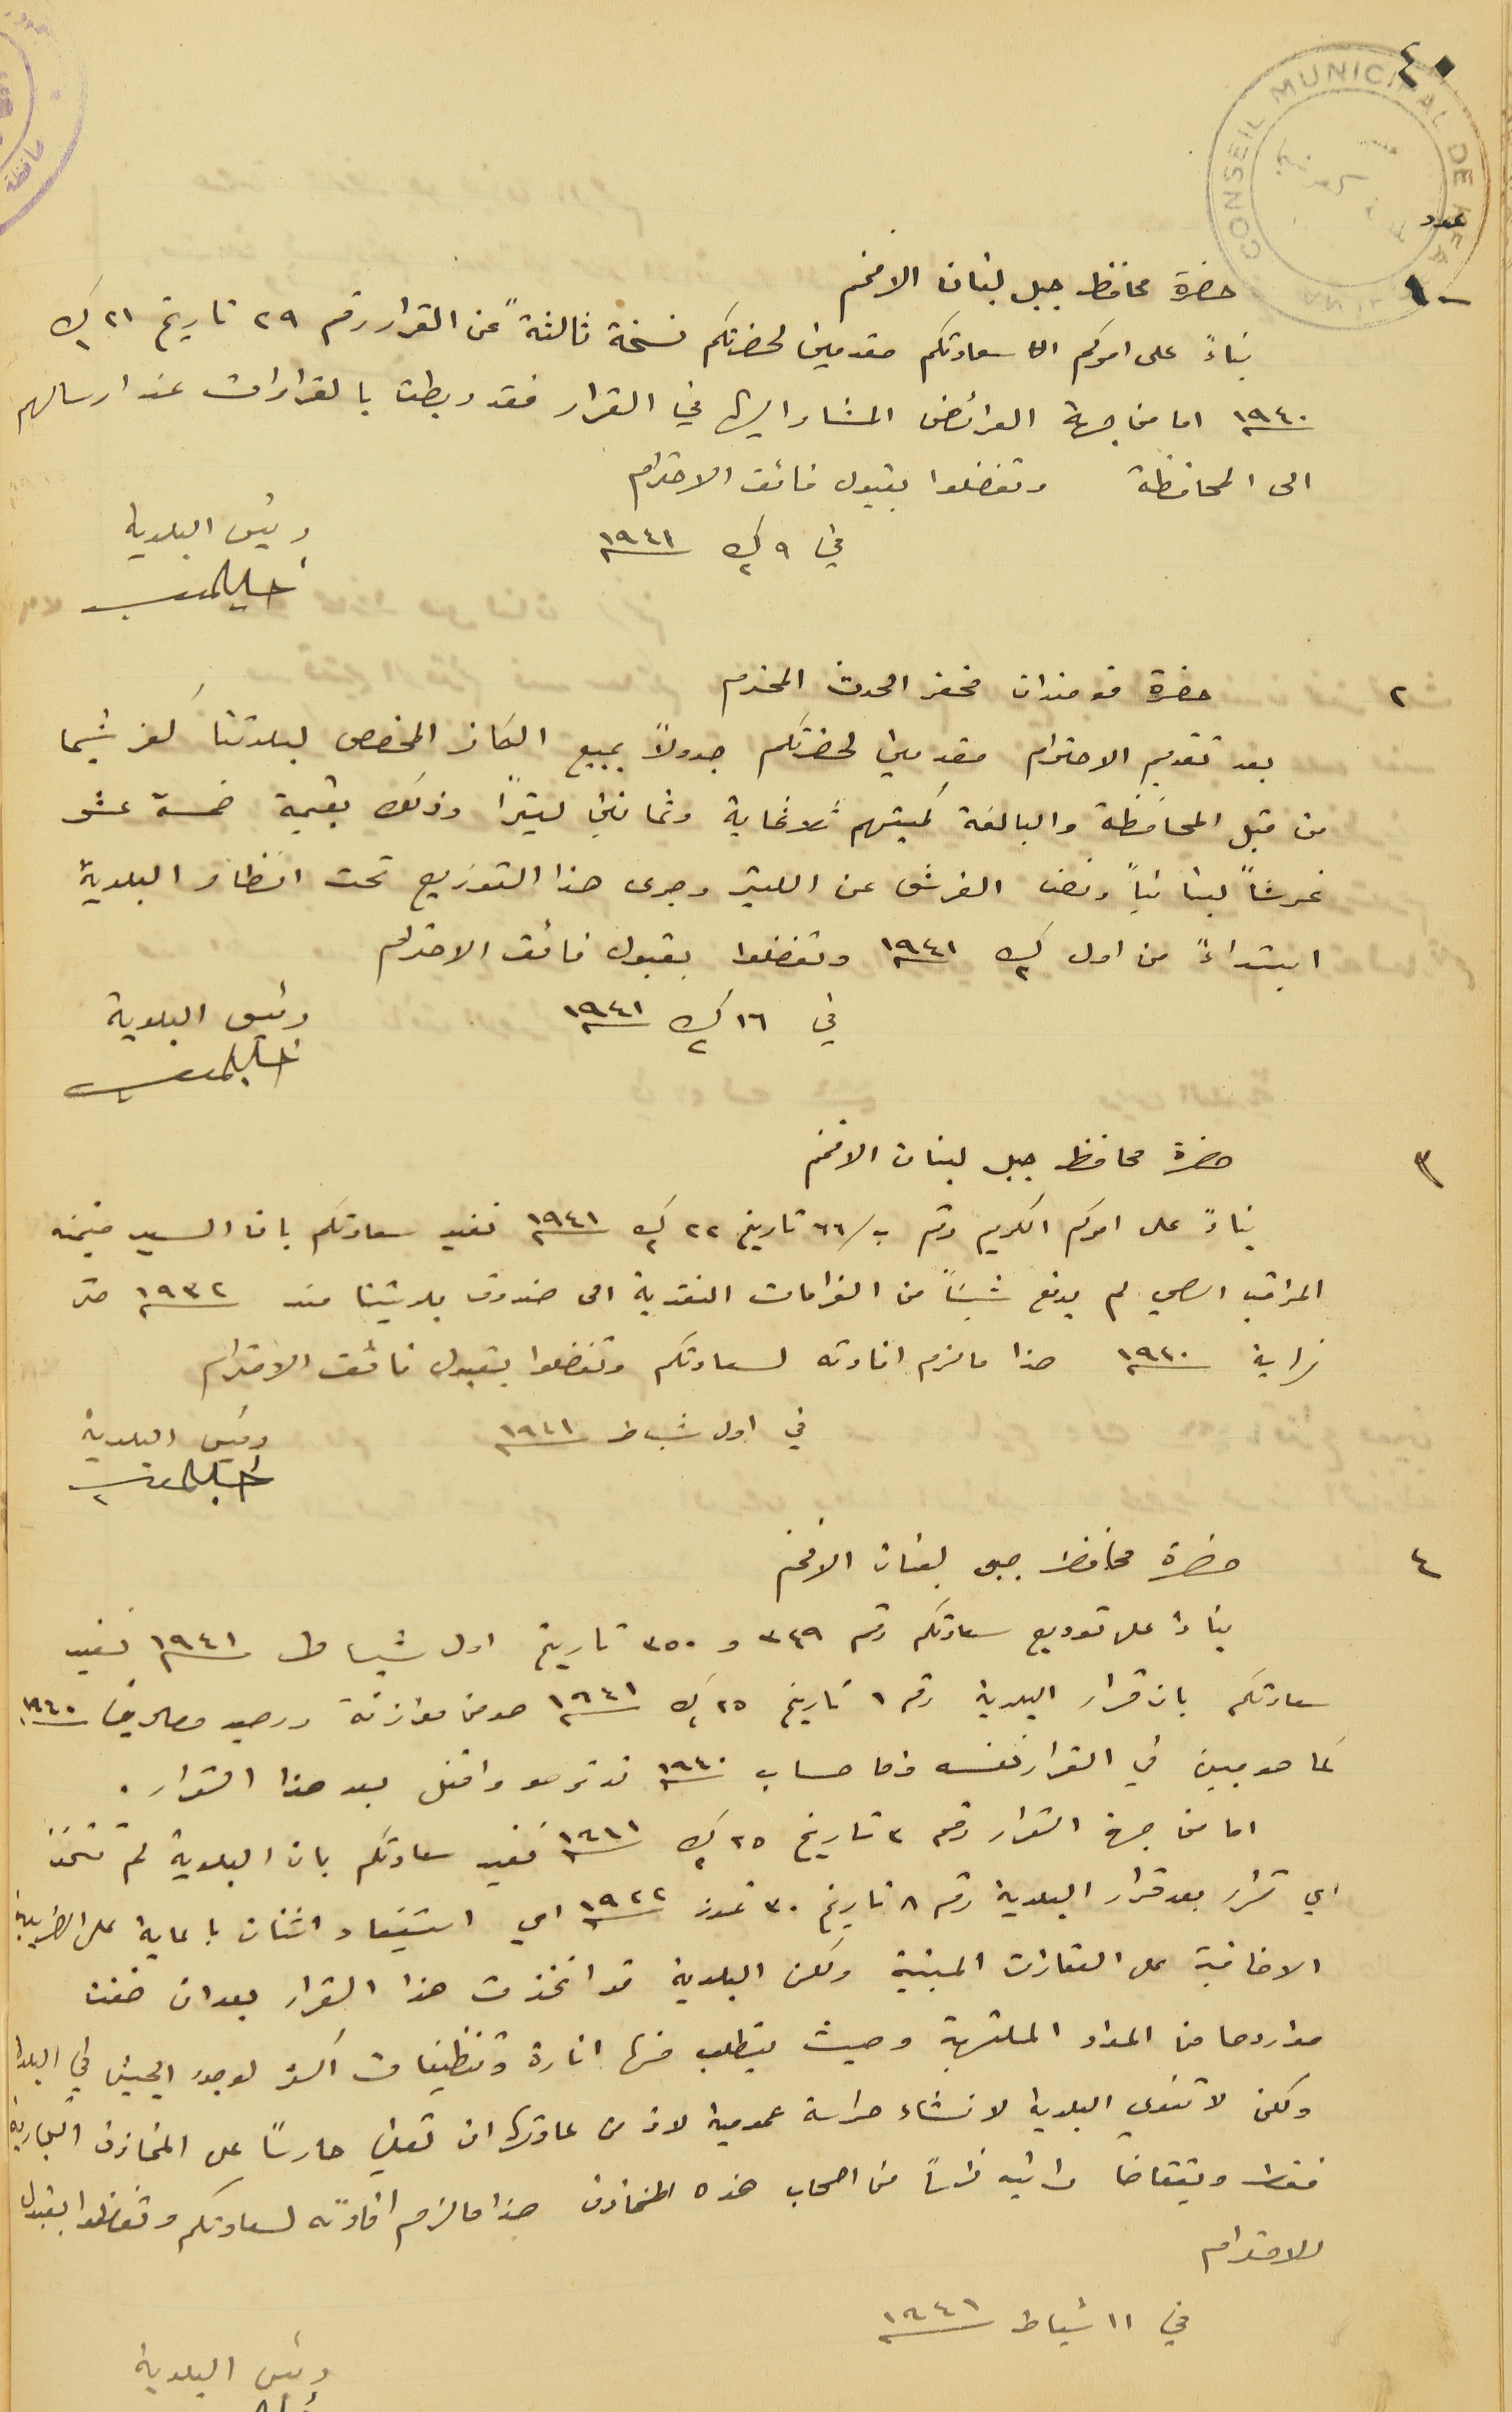
حضرة محافظ جبل لبنان الافخم
بناءً على امركم سعادتكم مقدمين لحضرتكم نسخة ثالثةً عن القرار رقم ٢٩ تاريخ ٢١ ك١
١٩٤٠ اما من جهة العرائض المشار اليها في القرار فقد ربطت بالقرارات عند ارسالهم
الى المحافظة وتفضلوا بقبول فائق الاحترام
في ٩ ك٢ سنه ١٩٤١
حضرة قومندان مخفر الحدث المحترم
بعد تقديم الاحترام مقدمين لحضرتكم جدولاً بمبيع الكاز المخصص لبلدتنا كفرشيما
من قبل المحافظة والبالغة كميتهم ثلاثماية وثمانين ليتراً وذلك بقيمة خمسة عشر
غرشاً لبنانياً ونصف الغرش عن الليتر وجرى هذا التوزيع تحت انظار البلدية
ابتداءً من اول ك٢ سنه ١٩٤١ وتفضلوا بقبول فائق الاحترام
حضرة محافظ جبل لبنان الافخم
بناءً على امركم الكريم رقم ب/٦٦ تاريخ ٢٢ ك٢ سنه ١٩٤١ نفيد سعادتكم بان السيد منيمنه
المراقب الصحي لم يدفع شيئاً من الغرامات النقدية الى صندوق بلديتنا مند سنه ١٩٣٢ حتى
نهاية سنه ١٩٤٠ هذا ما لزم افادته لسعادتكم وتفضلوا بقبول فائق الاحترام
حضرة محافظ جبل لبنان الافخم
بناءً على توريع سعادتكم رقم ٣٤٩ و ٣٥٠ تاريخ اول شباط سنه ١٩٤١ نفيد
سعادتكم بان قرار البلدية رقم ١ تاريخ ٢٥ ك٢ سنة ١٩٤١ هو من موازنة ورصيد مصاريف سنه ١٩٤٠
كما هو مبين في القرار نفسه واما حساب سنه ١٩٤٠ قد ترصد واقفل بعد هذا القرار.
اما من جهة القرار رقم ٣ تاريخ ٢٥ ك٢ سنة ١٩٤١ نفيد سعادتكم بان البلدية لم تتخذ
اي قرار بعد قرار البلدية رقم ٨ تاريخ ٣٠ تموز سنه ١٩٤٢ اي استيفاء اثنان بالماية على الضريبة
الاضافية على العقارات المبنية ولكن البلدية قد اتخذت هذا القرار بعد ان خفت
مواردها من المواد الملتهبة وحيث يتطلب منها انارة وتنظيفات اكثر لوجود الجيش في البلدة
ولكن لا تنوي البلدية لانشاء حراسة عمومية لان من عادتها ان تعين حارساً على المخازن التجارية
فقط ويتقاضا راتبه راساً من اصحاب هذه المخازن هذا ما لزم افادته لسعادتكم وتفضلوا بقبول
رئيس البلدية
٤٠
عدد ١٠٠
٢
٣
في اول شباط ١٩٤١
رئيس البلدية
٤
الاحترام
في ١١ شباط سنه ١٩٤١
رئيس البلدية
في ١٦ ك٢ سنه ١٩٤١
رئيس البلدية